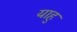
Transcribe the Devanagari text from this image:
याहु